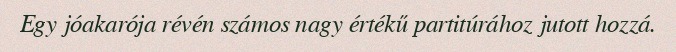
Egy jóakarója révén számos nagy értékű partitúrához jutott hozzá.